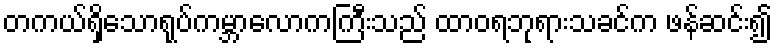
တကယ်ရှိသောရုပ်ကမ္ဘာလောကကြီးသည် ထာဝရဘုရားသခင်က ဖန်ဆင်း၍